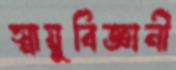
স্নায়ুবিজ্ঞানী